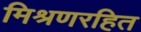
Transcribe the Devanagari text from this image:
मिश्रणरहित